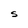
Character: S